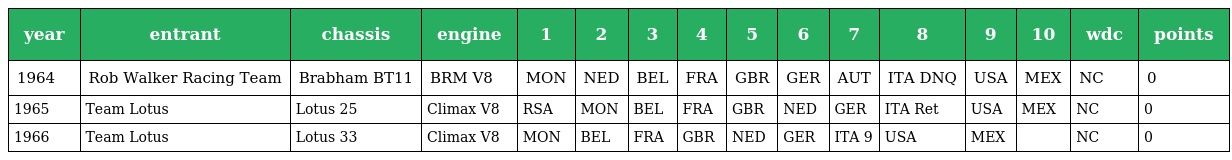
| year | entrant | chassis | engine | 1 | 2 | 3 | 4 | 5 | 6 | 7 | 8 | 9 | 10 | wdc | points |
 | --- | --- | --- | --- | --- | --- | --- | --- | --- | --- | --- | --- | --- | --- | --- | --- |
 | 1964 | Rob Walker Racing Team | Brabham BT11 | BRM V8 | MON | NED | BEL | FRA | GBR | GER | AUT | ITA DNQ | USA | MEX | NC | 0 |
 | 1965 | Team Lotus | Lotus 25 | Climax V8 | RSA | MON | BEL | FRA | GBR | NED | GER | ITA Ret | USA | MEX | NC | 0 |
 | 1966 | Team Lotus | Lotus 33 | Climax V8 | MON | BEL | FRA | GBR | NED | GER | ITA 9 | USA | MEX |  | NC | 0 |